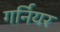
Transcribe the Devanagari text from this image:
गर्नियर